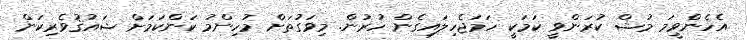
އެހެންވީމަ މުޝް ކުރަންވީ ކަމަކީ ހަމަޖެހިލައިގެން ހުރުން. މިވަގުތަށް މުހިންމު ކަންކަމަށް ޝައުޤުވެރިކަން